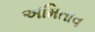
અમિતાવ